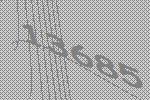
13685